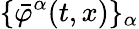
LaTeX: \{ \bar{\varphi}^{\alpha}(t,x)\} _{\alpha}